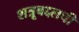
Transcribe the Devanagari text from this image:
शत्रूबद्दलची